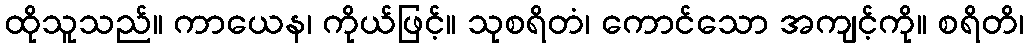
ထိုသူသည်။ ကာယေန၊ ကိုယ်ဖြင့်။ သုစရိတံ၊ ကောင်သော အကျင့်ကို။ စရိတိ၊